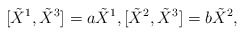
\begin{align*}[\tilde{X}^{1},\tilde{X}^{3}]=a\tilde{X}^{1},[\tilde{X}^{2},\tilde{X}^{3}]=b\tilde{X}^{2},\end{align*}